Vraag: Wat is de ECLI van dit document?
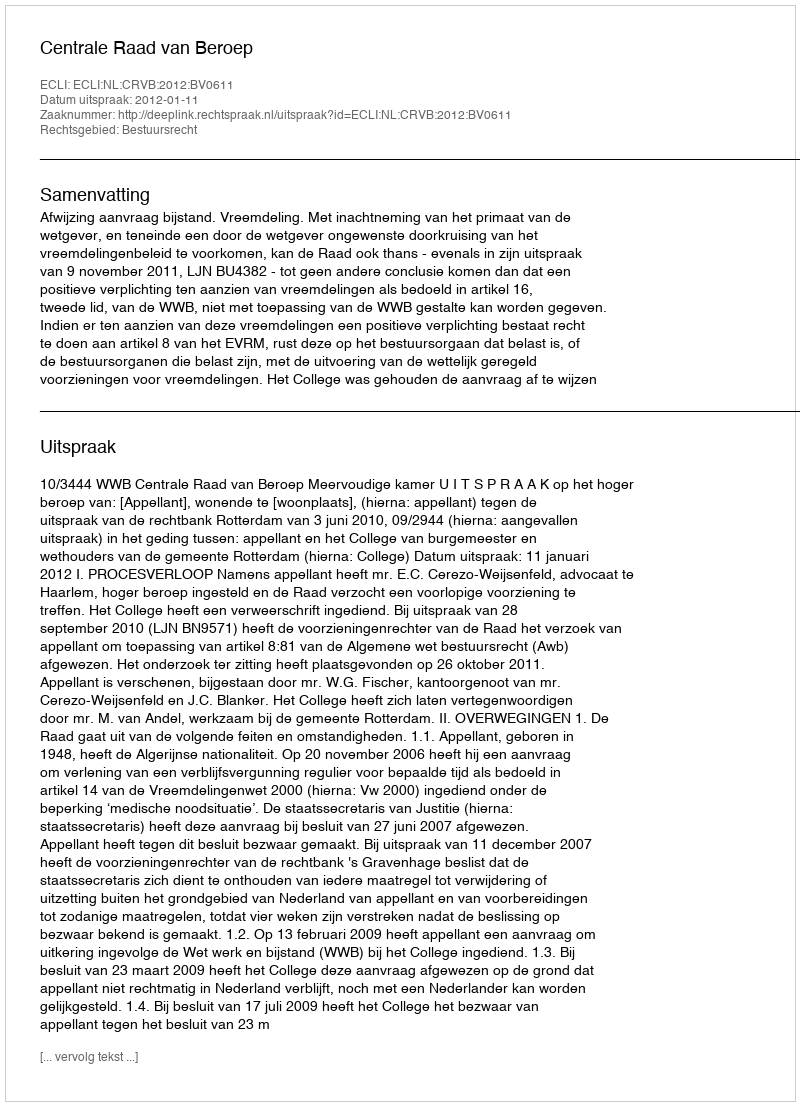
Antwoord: ECLI:NL:CRVB:2012:BV0611